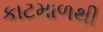
કાટમાળથી